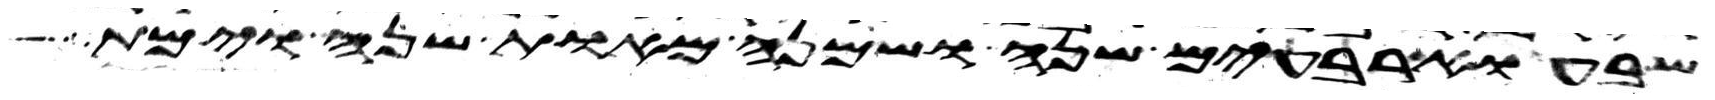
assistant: שבע וארבעים שנה ושמנה מאות שנה וימת